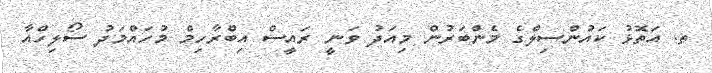
ތ. އަތޮޅު ކައުންސިލްގެ މެންބަރުން މިއަދު ވަނީ ރައީސް އިބްރާހިމް މުހައްމަދު ސޯލިހްއާ